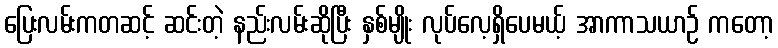
ပြေးလမ်းကတဆင့် ဆင်းတဲ့ နည်းလမ်းဆိုပြီး နှစ်မျိုး လုပ်လေ့ရှိပေမယ့် အာကာသယာဉ် ကတော့